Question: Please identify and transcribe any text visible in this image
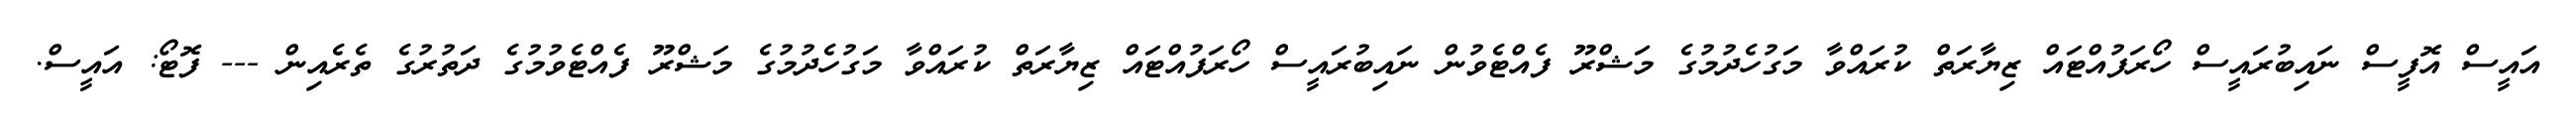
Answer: އައީސް އޮފީސް ނައިބުރައީސް ހޯރަފުއްޓައް ޒިޔާރަތް ކުރައްވާ މަގުހެދުމުގެ މަޝްރޫ ފެއްޓެވުން ނައިބުރައީސް ހޯރަފުއްޓައް ޒިޔާރަތް ކުރައްވާ މަގުހެދުމުގެ މަޝްރޫ ފެއްޓެވުމުގެ ދަތުރުގެ ތެރެއިން --- ފޮޓޯ: އައީސް.